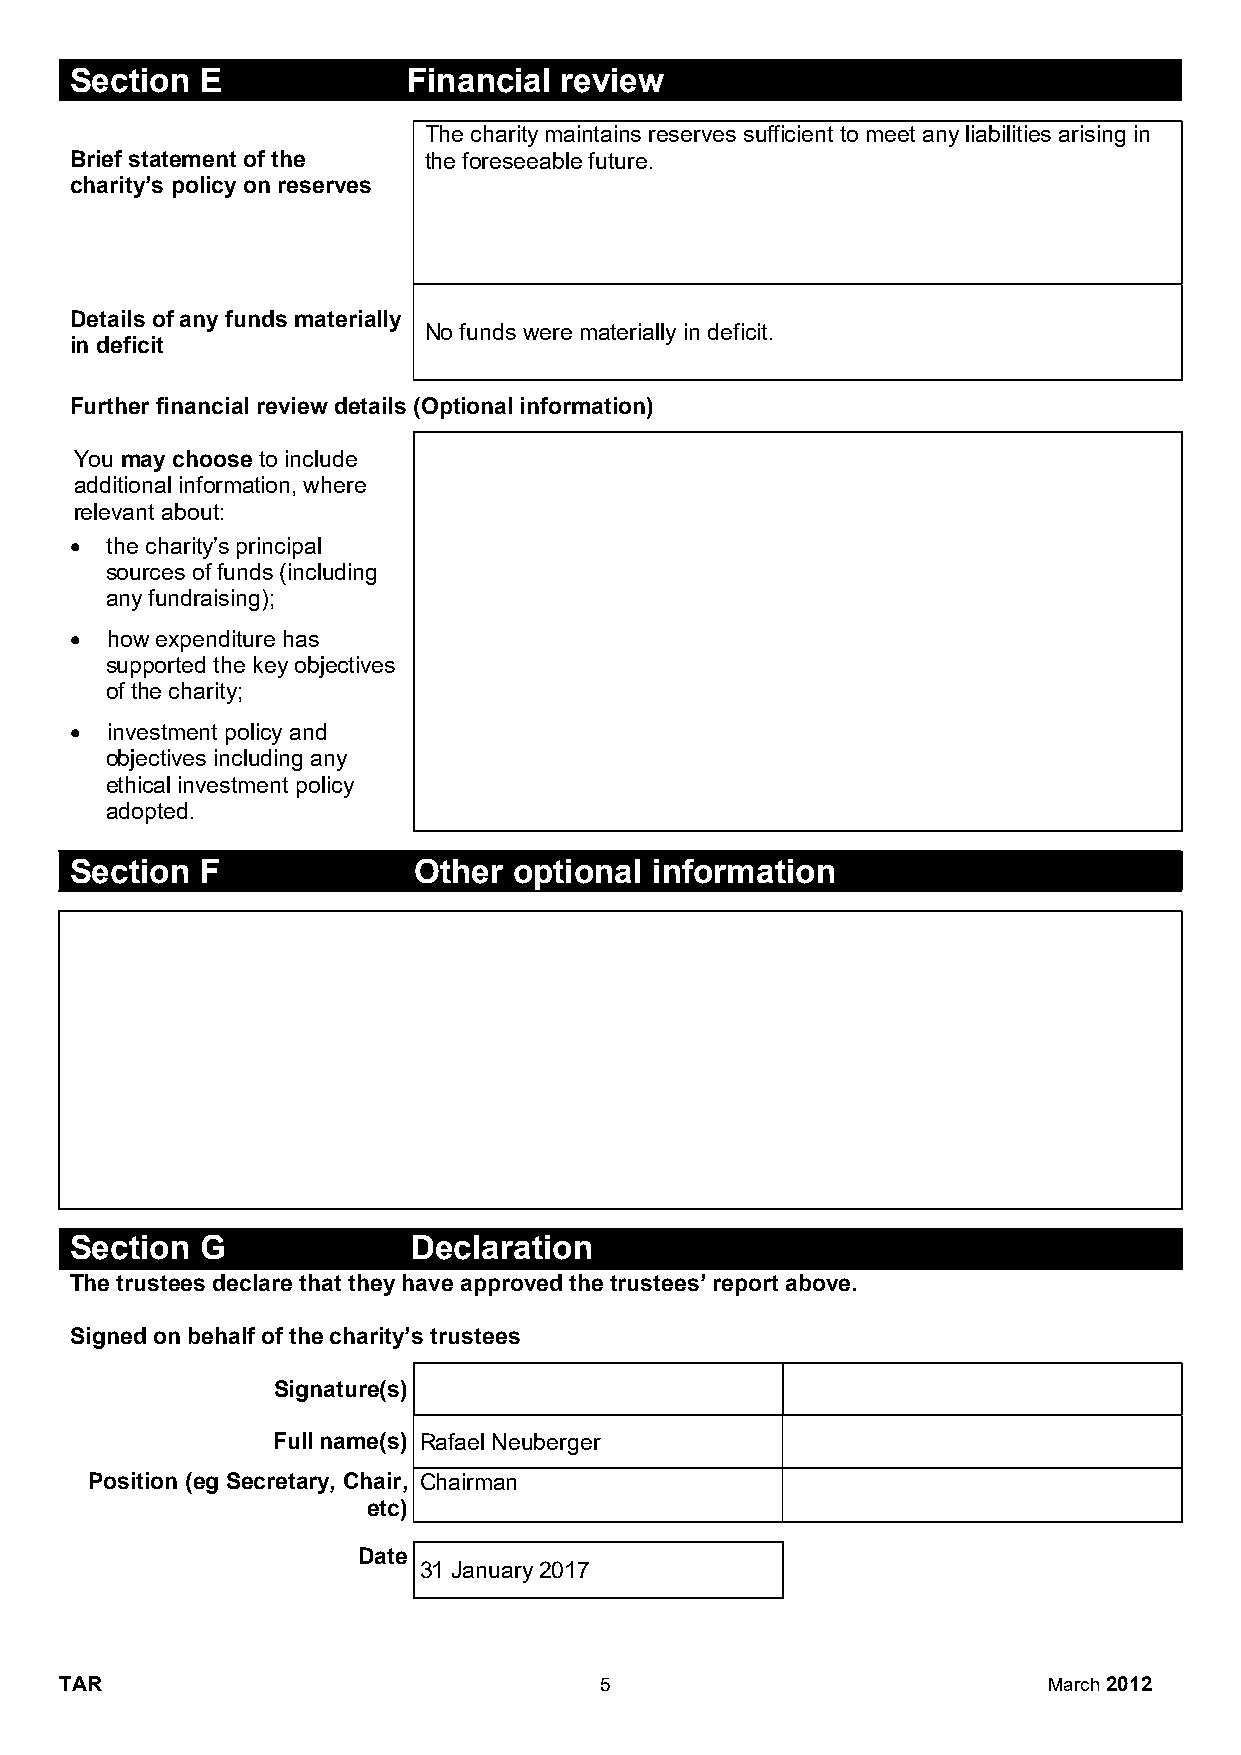
Section E             Financial review
 The charity maintains reserves sufficient to meet any liabilities arising in
 Brief statement of the the foreseeable future.
 charity’s policy on reserves
 Details of any funds materially
 No funds were materially in deficit.
 in deficit
 Further financial review details (Optional information)
 You may choose to include
 additional information, where
 relevant about:
  the charity’s principal
 sources of funds (including
 any fundraising);
  how expenditure has
 supported the key objectives
 of the charity;
  investment policy and
 objectives including any
 ethical investment policy
 adopted.
 Section F             Other  optional information
 Section G             Declaration
 The trustees declare that they have approved the trustees’ report above.
 Signed on behalf of the charity’s trustees
 Signature(s)
 Full name(s) Rafael Neuberger
 Position (eg Secretary, Chair, Chairman
 etc)
 Date
 31 January 2017
 TAR                                 5                            March 2012